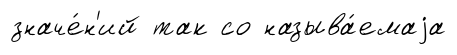
значе́н'ий так со называ́емаjа